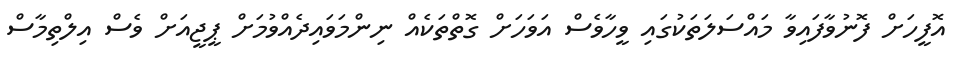
އޮފީހަށް ފޮނުވާފައިވާ މައްސަލަތަކުގައި ވީހާވެސް އަވަހަށް ގޮތްތަކެއް ނިންމަވައިދެއްވުމަށް ޕީޖީއަށް ވެސް އިލްތިމާސް